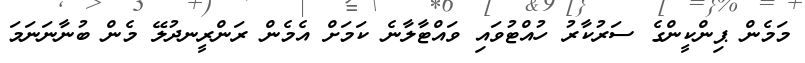
މަމެން ޕިންކީންގެ ސަރުކާރު ހުއްޓުވައި ވައްޓާލާނެ ކަމަށް އެމެން ރަންރީނދުލޭ މެން ބުނާނަނަމަ